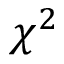
\chi ^ { 2 }